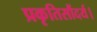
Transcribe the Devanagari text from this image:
प्रकृतिसौंदर्य।